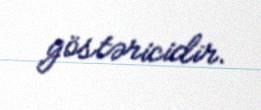
göstəricidir.